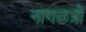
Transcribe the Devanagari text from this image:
नागछत्रों